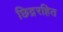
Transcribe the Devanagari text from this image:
छिद्ररहित